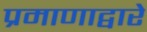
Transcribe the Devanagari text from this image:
प्रमाणाद्वारे